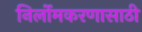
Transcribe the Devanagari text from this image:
निर्लोमकरणासाठी